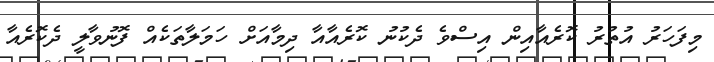
މިފަހަރު އުތުރު ކޮރެއާއިން އިސްވެ ދެކުނު ކޮރެއާއާ ދިމާއަށް ހަމަލާތަކެއް ފޮނުވާލީ ދެކޮރެއާ